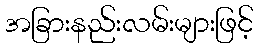
အခြားနည်းလမ်းများဖြင့်